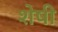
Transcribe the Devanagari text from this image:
शेषी